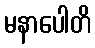
မနာပေါတိ